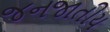
જનજાતીય